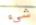
شيء